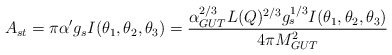
\begin{align*}A_{st}=\pi\alpha'g_s I(\theta_1,\theta_2,\theta_3) = {\alpha_{GUT}^{2/3} L(Q)^{2/3} g_{s}^{1/3}I(\theta_1,\theta_2,\theta_3) \over 4\pi M_{GUT}^2 } \,\end{align*}